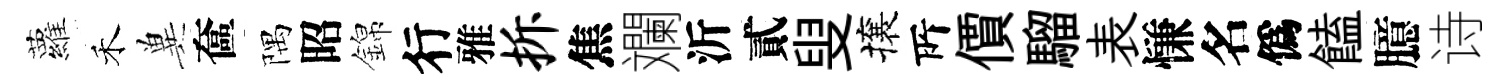
蘿禾兾奩隅昭錦行雅拆焦斕沂貳叟攘𠩄價騮表慊名僞饁臆诗